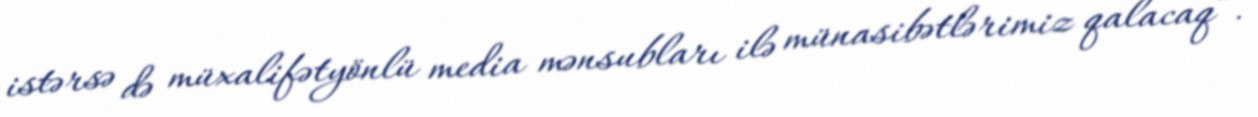
istərsə də müxalifətyönlü media mənsubları ilə münasibətlərimiz qalacaq”.